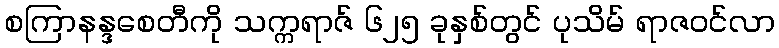
စကြာနန္ဒစေတီကို သက္ကရာဇ် ၆၂၅ ခုနှစ်တွင် ပုသိမ် ရာဇဝင်လာ